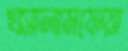
খসালামফেয়া